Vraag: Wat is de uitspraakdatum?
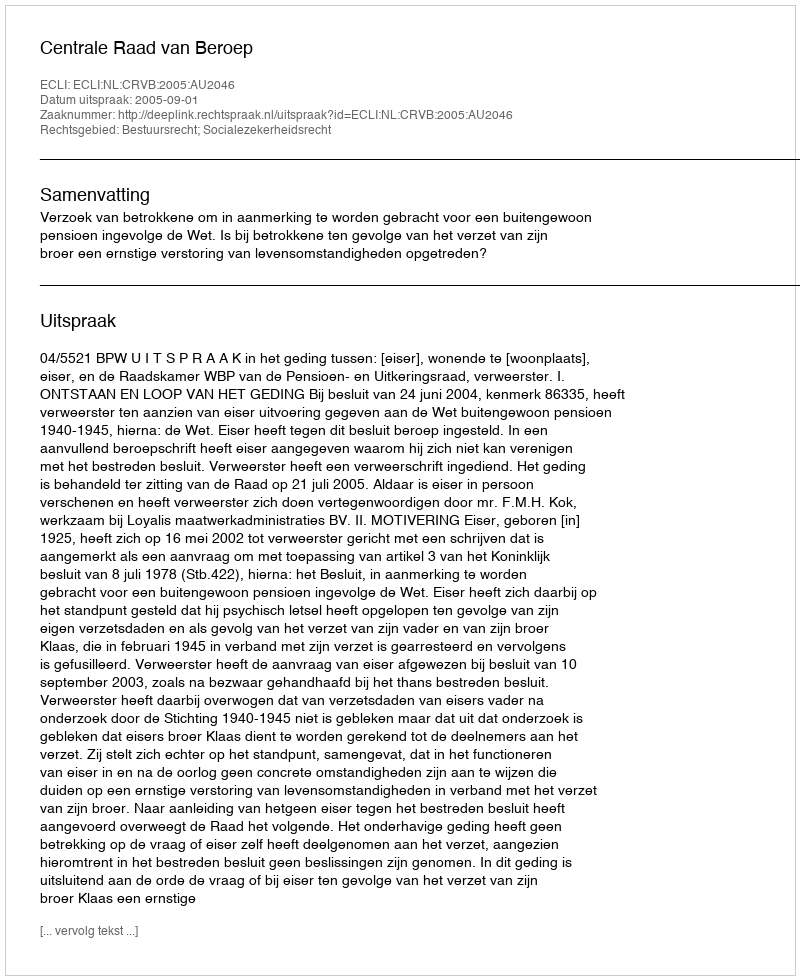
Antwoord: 2005-09-01